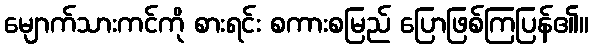
မျောက်သားကင်ကို စားရင်း စကားစမြည် ပြောဖြစ်ကြပြန်၏။